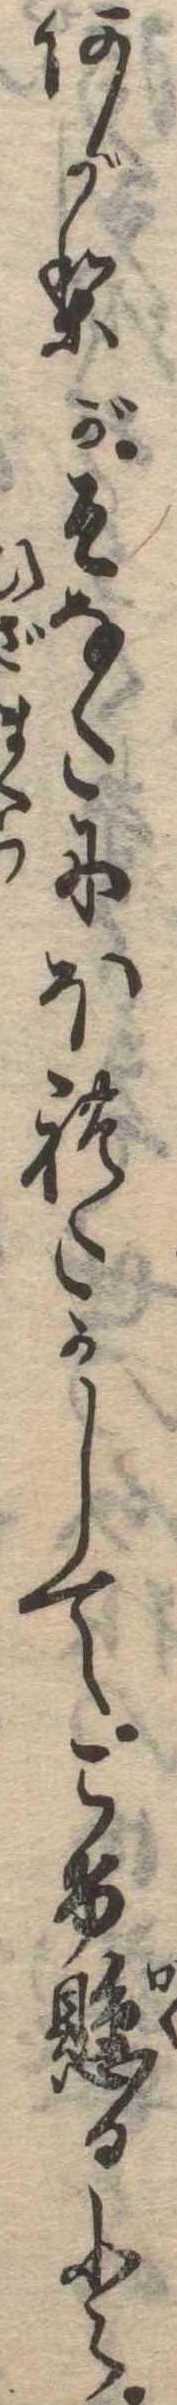
あがりがそなたにほれたかしてこけ懸ると